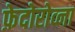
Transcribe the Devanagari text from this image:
फ़ेदोरोव्ना